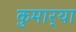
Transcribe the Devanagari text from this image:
कुमार्‍या